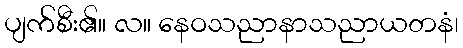
ပျက်စီး၏။ လ။ နေဝသညာနာသညာယတနံ၊